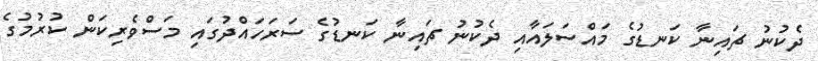
ދެކުނު ޗައިނާ ކަނޑުގެ މައްސަލައާއި ދެކުނު ޗައިނާ ކަނޑުގެ ސަރަހައްދުގައި މަސްވެރިކަން ކުރުމުގެ